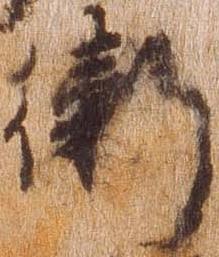
衛